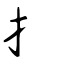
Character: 扌